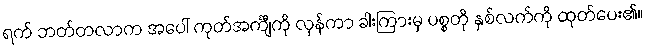
ရက် ဘတ်တလာက အပေါ် ကုတ်အင်္ကျီကို လှန်ကာ ခါးကြားမှ ပစ္စတို နှစ်လက်ကို ထုတ်ပေး၏။